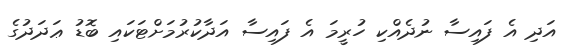
އަދި އެ ފައިސާ ނުދެއްކި ހުރީމަ އެ ފައިސާ އަދާކުރުމަށްޓަކައި ބޮޑު ޢަދަދުގެ